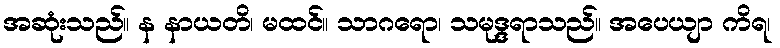
အဆုံးသည်။ န နာယတိ၊ မထင်။ သာဂရော၊ သမုဒ္ဒရာသည်။ အပေယျာ ကိရ၊